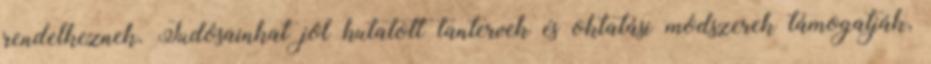
rendelkeznek. Tudósainkat jól kutatott tantervek és oktatási módszerek támogatják,